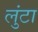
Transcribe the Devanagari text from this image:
लुंटा